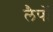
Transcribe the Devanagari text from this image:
लैपों